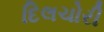
દિલચોરી